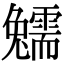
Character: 𩆟